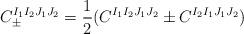
LaTeX: \begin{align*}C_{\pm}^{I_1 I_2 J_1 J_2} = \frac{1}{2} (C^{I_1 I_2 J_1 J_2} \pm C^{I_2 I_1 J_1 J_2})\end{align*}